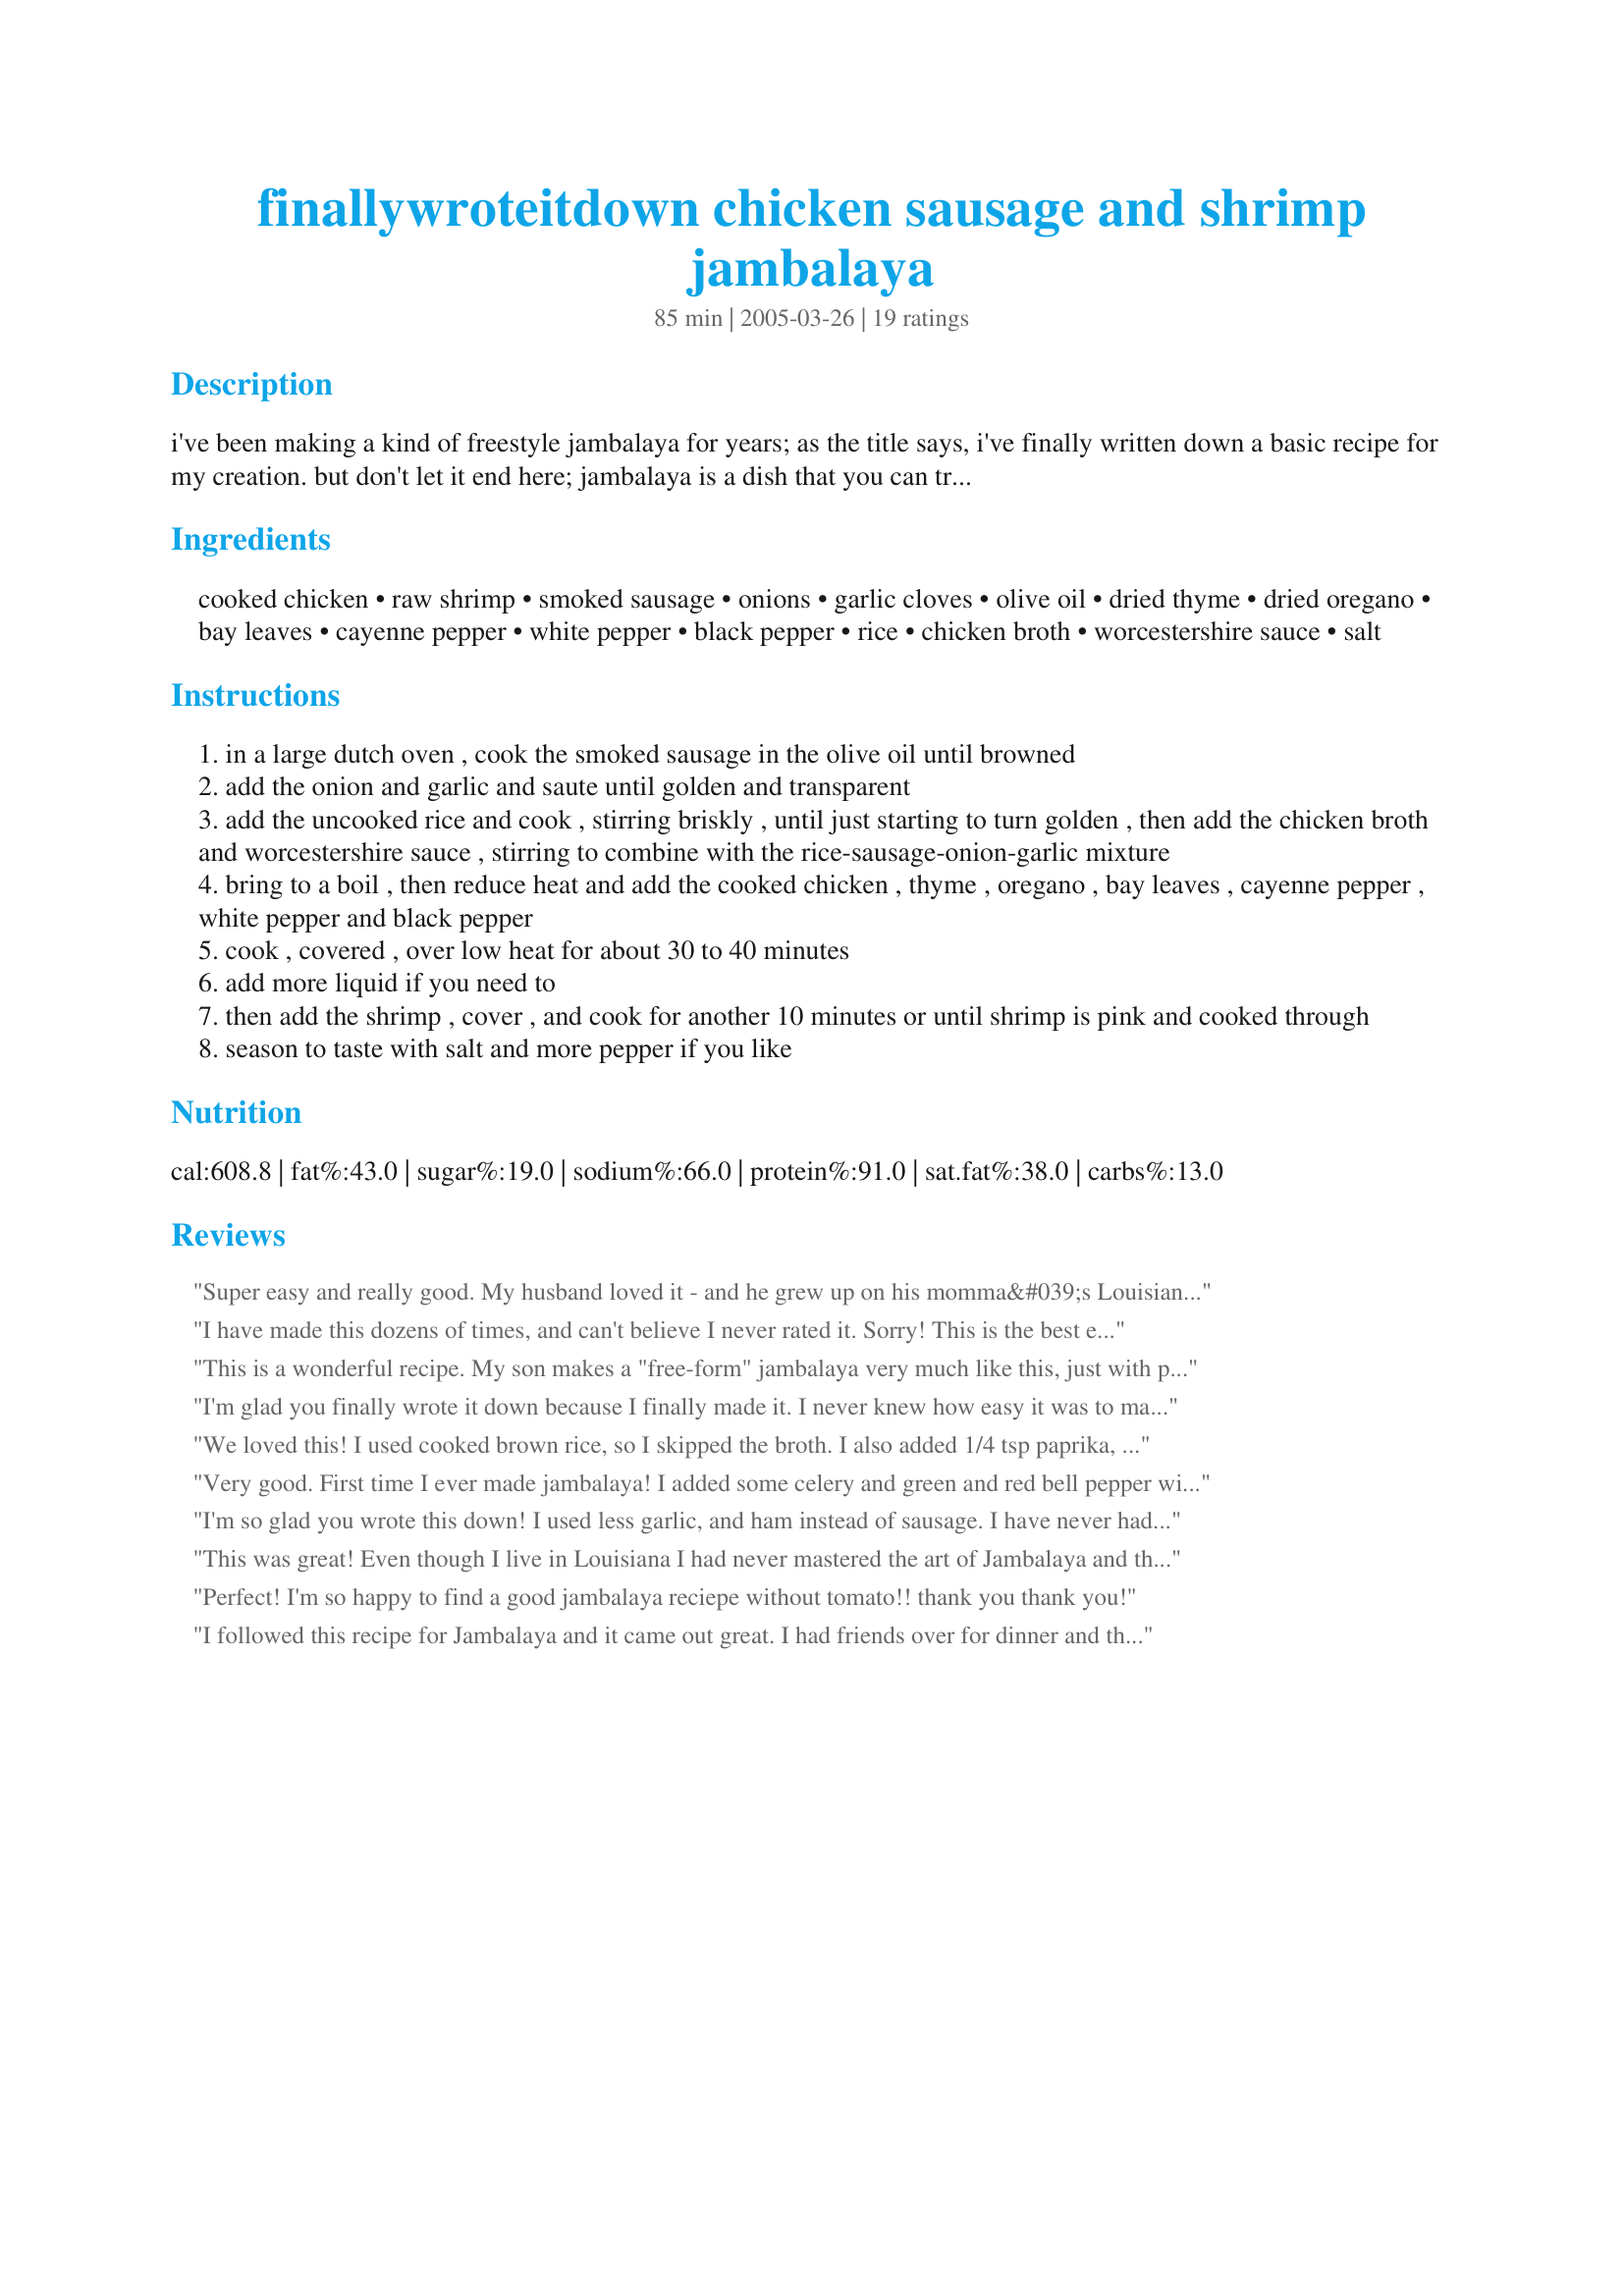
finallywroteitdown chicken sausage and shrimp jambalaya
Preparation time: 85 minutes

i've been making a kind of freestyle jambalaya for years; as the title says, i've finally written down a basic recipe for my creation. but don't let it end here; jambalaya is a dish that you can truly play around with. you could also add bell pepper at the point where you cook the onions and garlic (part of the holy cajun trinity but i don't like cooked green pepper so i sacreligiously omit it); or use andouille sausage or add cubed pork or ham to the dish. my only real contingency is that you don't use beef, though... no place for that in jambalaya, imho. and as much as i love tomatoes, i do not care for them in my jambalaya, either.

Ingredients:
cooked chicken, raw shrimp, smoked sausage, onions, garlic cloves, olive oil, dried thyme, dried oregano, bay leaves, cayenne pepper, white pepper, black pepper, rice, chicken broth, worcestershire sauce, salt

Steps:
in a large dutch oven , cook the smoked sausage in the olive oil until browned
add the onion and garlic and saute until golden and transparent
add the uncooked rice and cook , stirring briskly , until just starting to turn golden , then add the chicken broth and worcestershire sauce , stirring to combine with the rice-sausage-onion-garlic mixture
bring to a boil , then reduce heat and add the cooked chicken , thyme , oregano , bay leaves , cayenne pepper , white pepper and black pepper
cook , covered , over low heat for about 30 to 40 minutes
add more liquid if you need to
then add the shrimp , cover , and cook for another 10 minutes or until shrimp is pink and cooked through
season to taste with salt and more pepper if you like

Reviews:
Super easy and really good. My husband loved it - and he grew up on his momma&#039;s Louisiana cooking. I added some fresh crab right at the end of the cooking process. Yum!
I have made this dozens of times, and can't believe I never rated it. Sorry! This is the best ever! i don't like green peppers or tomatoes so this was exactly what I was looking for. And the perfect blend of spices. thanks for sharing!
This is a wonderful recipe. My son makes a "free-form" jambalaya very much like this, just with peppers and tomatoes added. Enjoyed it very much! Thanks for reminding me to cook Cajun every once in awhile!
I'm glad you finally wrote it down because I finally made it. I never knew how easy it was to make. It turned out wonderful and spicy...too spicy for me but DH loved it. The only changes I made was I threw in a can of rotel tomatoes. I used smoked sausage, ham and shrimp. I can't wait to make it again and experiment a little more with it.
We loved this! I used cooked brown rice, so I skipped the broth. I also added 1/4 tsp paprika, 1 tsp parsley, and 2 shallots, plus 1 tsp hot sauce. I also only had cooked shrimp so added that towards the end right before you simmer everything together. We skipped the chicken and it still came out great!
Very good. First time I ever made jambalaya! I added some celery and green and red bell pepper with the onion and garlic and it was a delicious and colorful meal! Thanks for the recipe!
I'm so glad you wrote this down! I used less garlic, and ham instead of sausage. I have never had jambalaya, but have always wanted to try it. This is one of the best recipes I have ever made! The flavour is...WOW! I'm just speechless! The leftovers were even better! This recipe is a great example of why I spend so much time searching for new things to make.
This was great! Even though I live in Louisiana I had never mastered the art of Jambalaya and this sure has helped my feelings a lot.
Thank you!
Margie
Perfect! I'm so happy to find a good jambalaya reciepe without tomato!! thank you thank you!
I followed this recipe for Jambalaya and it came out great. I had friends over for dinner and they went thru the skillet and I had nothing left which means they loved it. This recipe is a keeper thanks for posting.
I sure am glad that you "Finallywroteitdown" too! I almost never follow a recipe for Jambalaya, but I make an exception for this. I can't improve on it! I have made this dish about 4 times now and has become my favorite recipe. My DW doesn't care for tomatoes and I don't miss them in this version. Thanks Angie!
Great recipe! Lots of chopping - but I think from now on I'm going to start chopping and freezing servings of onions and bell pepper. I added some celery, and a little more rice + broth to stretch it but for the most part followed the recipe exactly. Very delicious! I'm glad you wrote it down.
Fantastic. I skipped the thyme and white pepper as I do not like them and took the recommendation of another reviewer and added a can of Rotel tomatoes and about a 1/4 cup extra of rice. This was easier to make and will become a keeper in our house. Thanks for the recipe.
So much less work than my own jambalaya and, dare I say it, just as good. I used brown rice and adjusted the liquid and cooking time accordingly.
a big hit at the family reunion and will be sharing the recipe around. i panicked a bit and added some extra water as i had scaled it up, but the rice would have been better a little firmer, so my bad! Super easy and delicious, even with just sausage.
This was awesome and easy to fix. I followed it to the T and it turned out perfect. We didn't have enough for leftovers which was sad because I would have liked to take some to work. Thanks for sharing this recipe.
Excellent. Great flavor! I used brown rice and it turned out well.
This was excellent! I too don't care for bell pepper and tomato in my Jambalaya. The only thing I did different was add the chicken when I added the shrimp since it just needed to be heated through. I also had to add about a 1/4 cup additional chicken broth. My husband loved it for his "Mardi Gras" dinner and since he likes things spicier than I, he put a few dashes of Cholula sauce on top! Will definately make again... especially since we also didn't have much for leftovers!
Nice alternative to the usual fried rice recipe. I love the mix of herbs that don't come across as too overpowering. The ratio of meats/seafood to rice though might be a little too much; I'd re-adjust to lessen the quantity of each meat. I would probably also lessen the worcestershire sauce a little bit; mine came off too dark. Good to add tomatoes and green bell peppers too for a little more color. It really is even better the next day!
